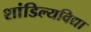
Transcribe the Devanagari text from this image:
शांडिल्यविद्या